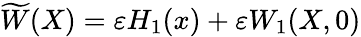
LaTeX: \widetilde{W}(X)=\varepsilon H_{1}(x)+\varepsilon W_{1}(X,0)